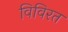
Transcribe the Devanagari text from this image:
विविरत